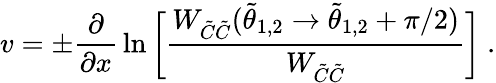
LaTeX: v=\pm{\frac{\partial}{\partial x}}\ln\bigg[{\frac{W_{\tilde{C}\tilde{C}}(\tilde{\theta}_{1,2}\rightarrow\tilde{\theta}_{1,2}+\pi/2)}{W_{\tilde{C}\tilde{C}}}}\bigg]~.